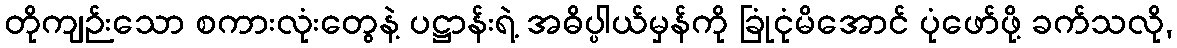
တိုကျဉ်းသော စကားလုံးတွေနဲ့ ပဋ္ဌာန်းရဲ့ အဓိပ္ပါယ်မှန်ကို ခြုံငုံမိအောင် ပုံဖော်ဖို့ ခက်သလို,